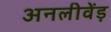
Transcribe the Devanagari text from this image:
अनलीवेंड़